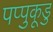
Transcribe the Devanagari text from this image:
पप्पुकूडु